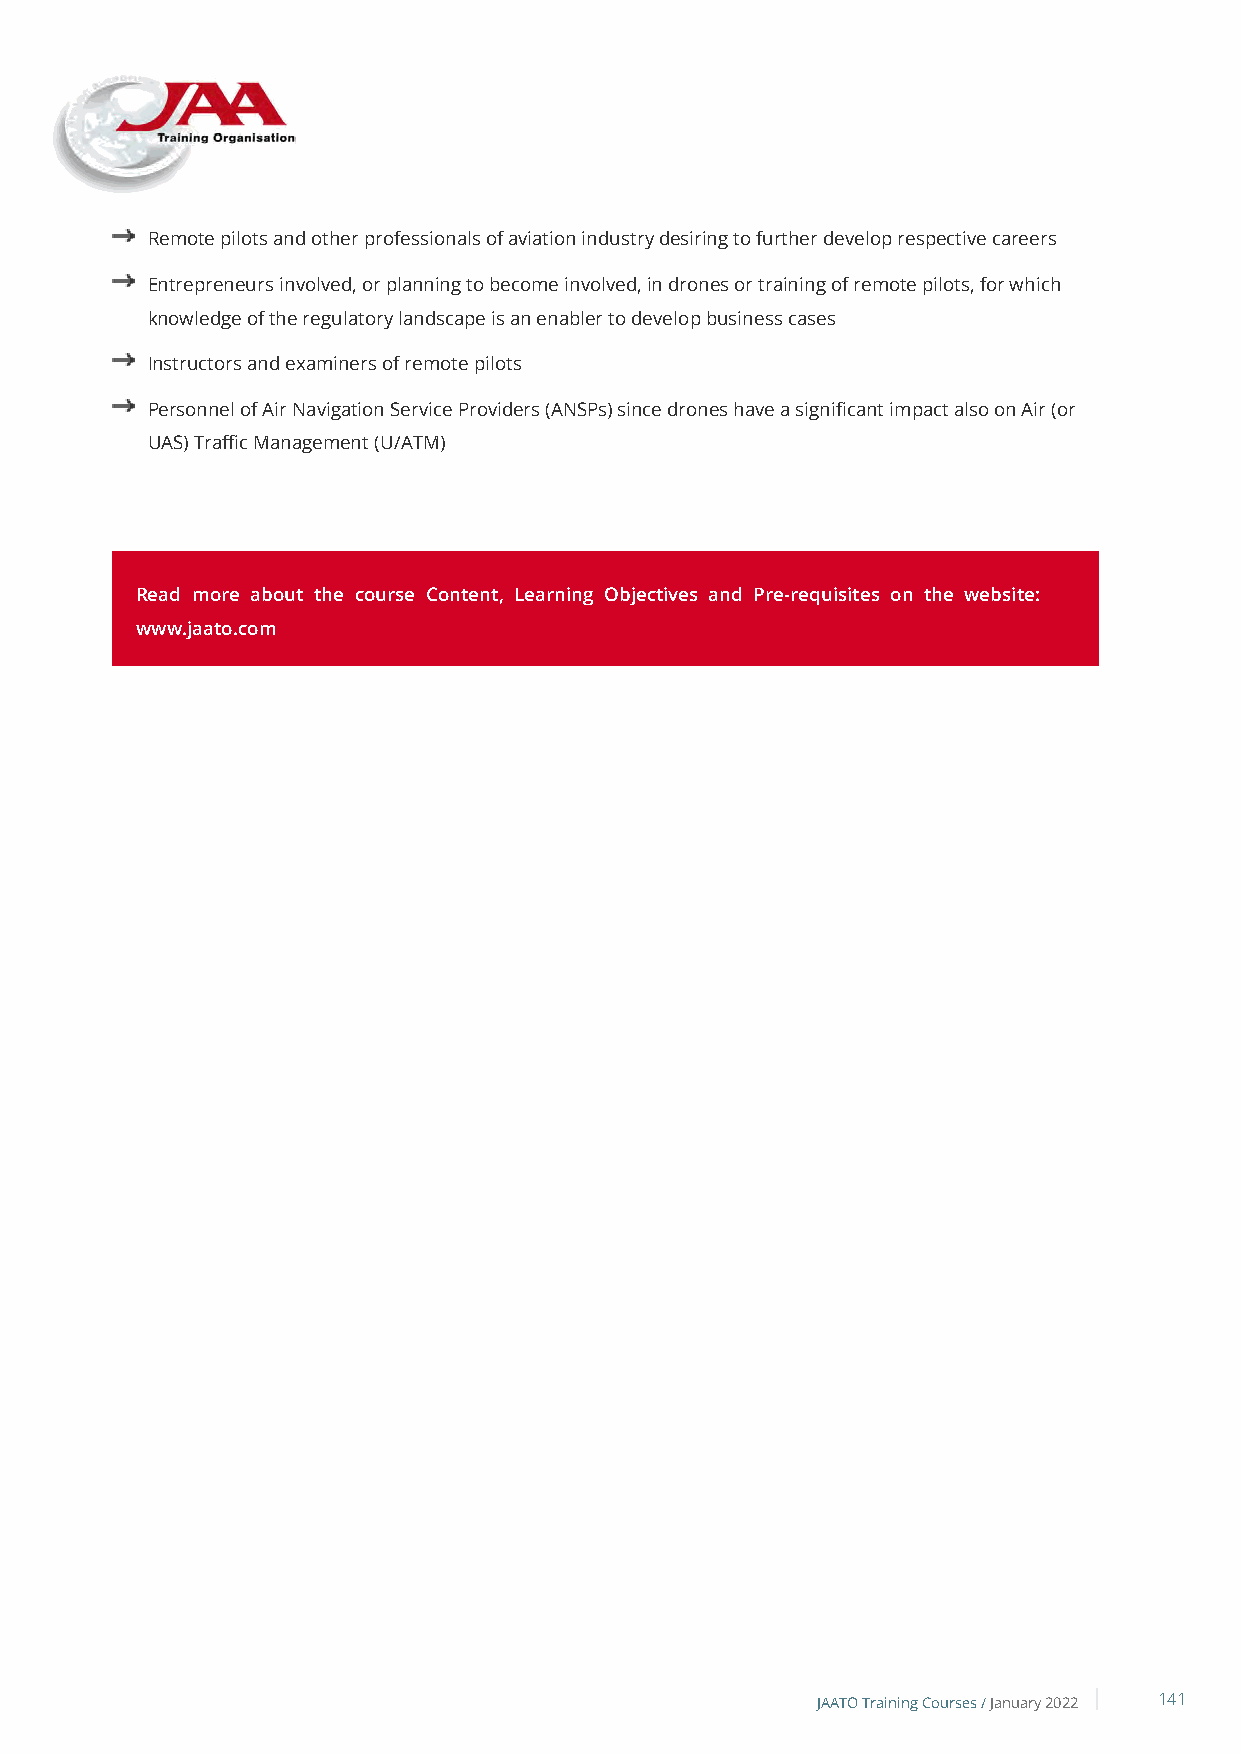
Remote pilots and other professionals of aviation industry desiring to further develop respective careers
 Entrepreneurs involved, or planning to become involved, in drones or training of remote pilots, for which
 knowledge of the regulatory landscape is an enabler to develop business cases
 Instructors and examiners of remote pilots
 Personnel of Air Navigation Service Providers (ANSPs) since drones have a significant impact also on Air (or
 UAS) Traffic Management (U/ATM)
 Read more about the course Content, Learning Objectives and Pre-requisites on the website:
 www.jaato.com
 JAATO Training Courses /January 2022 141